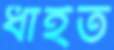
ধাইত